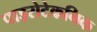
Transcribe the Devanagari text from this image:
पाइरोटेकनिक